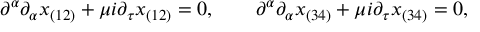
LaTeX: \partial ^ { \alpha } \partial _ { \alpha } x _ { ( 1 2 ) } + \mu i \partial _ { \tau } x _ { ( 1 2 ) } = 0 , \qquad \partial ^ { \alpha } \partial _ { \alpha } x _ { ( 3 4 ) } + \mu i \partial _ { \tau } x _ { ( 3 4 ) } = 0 ,